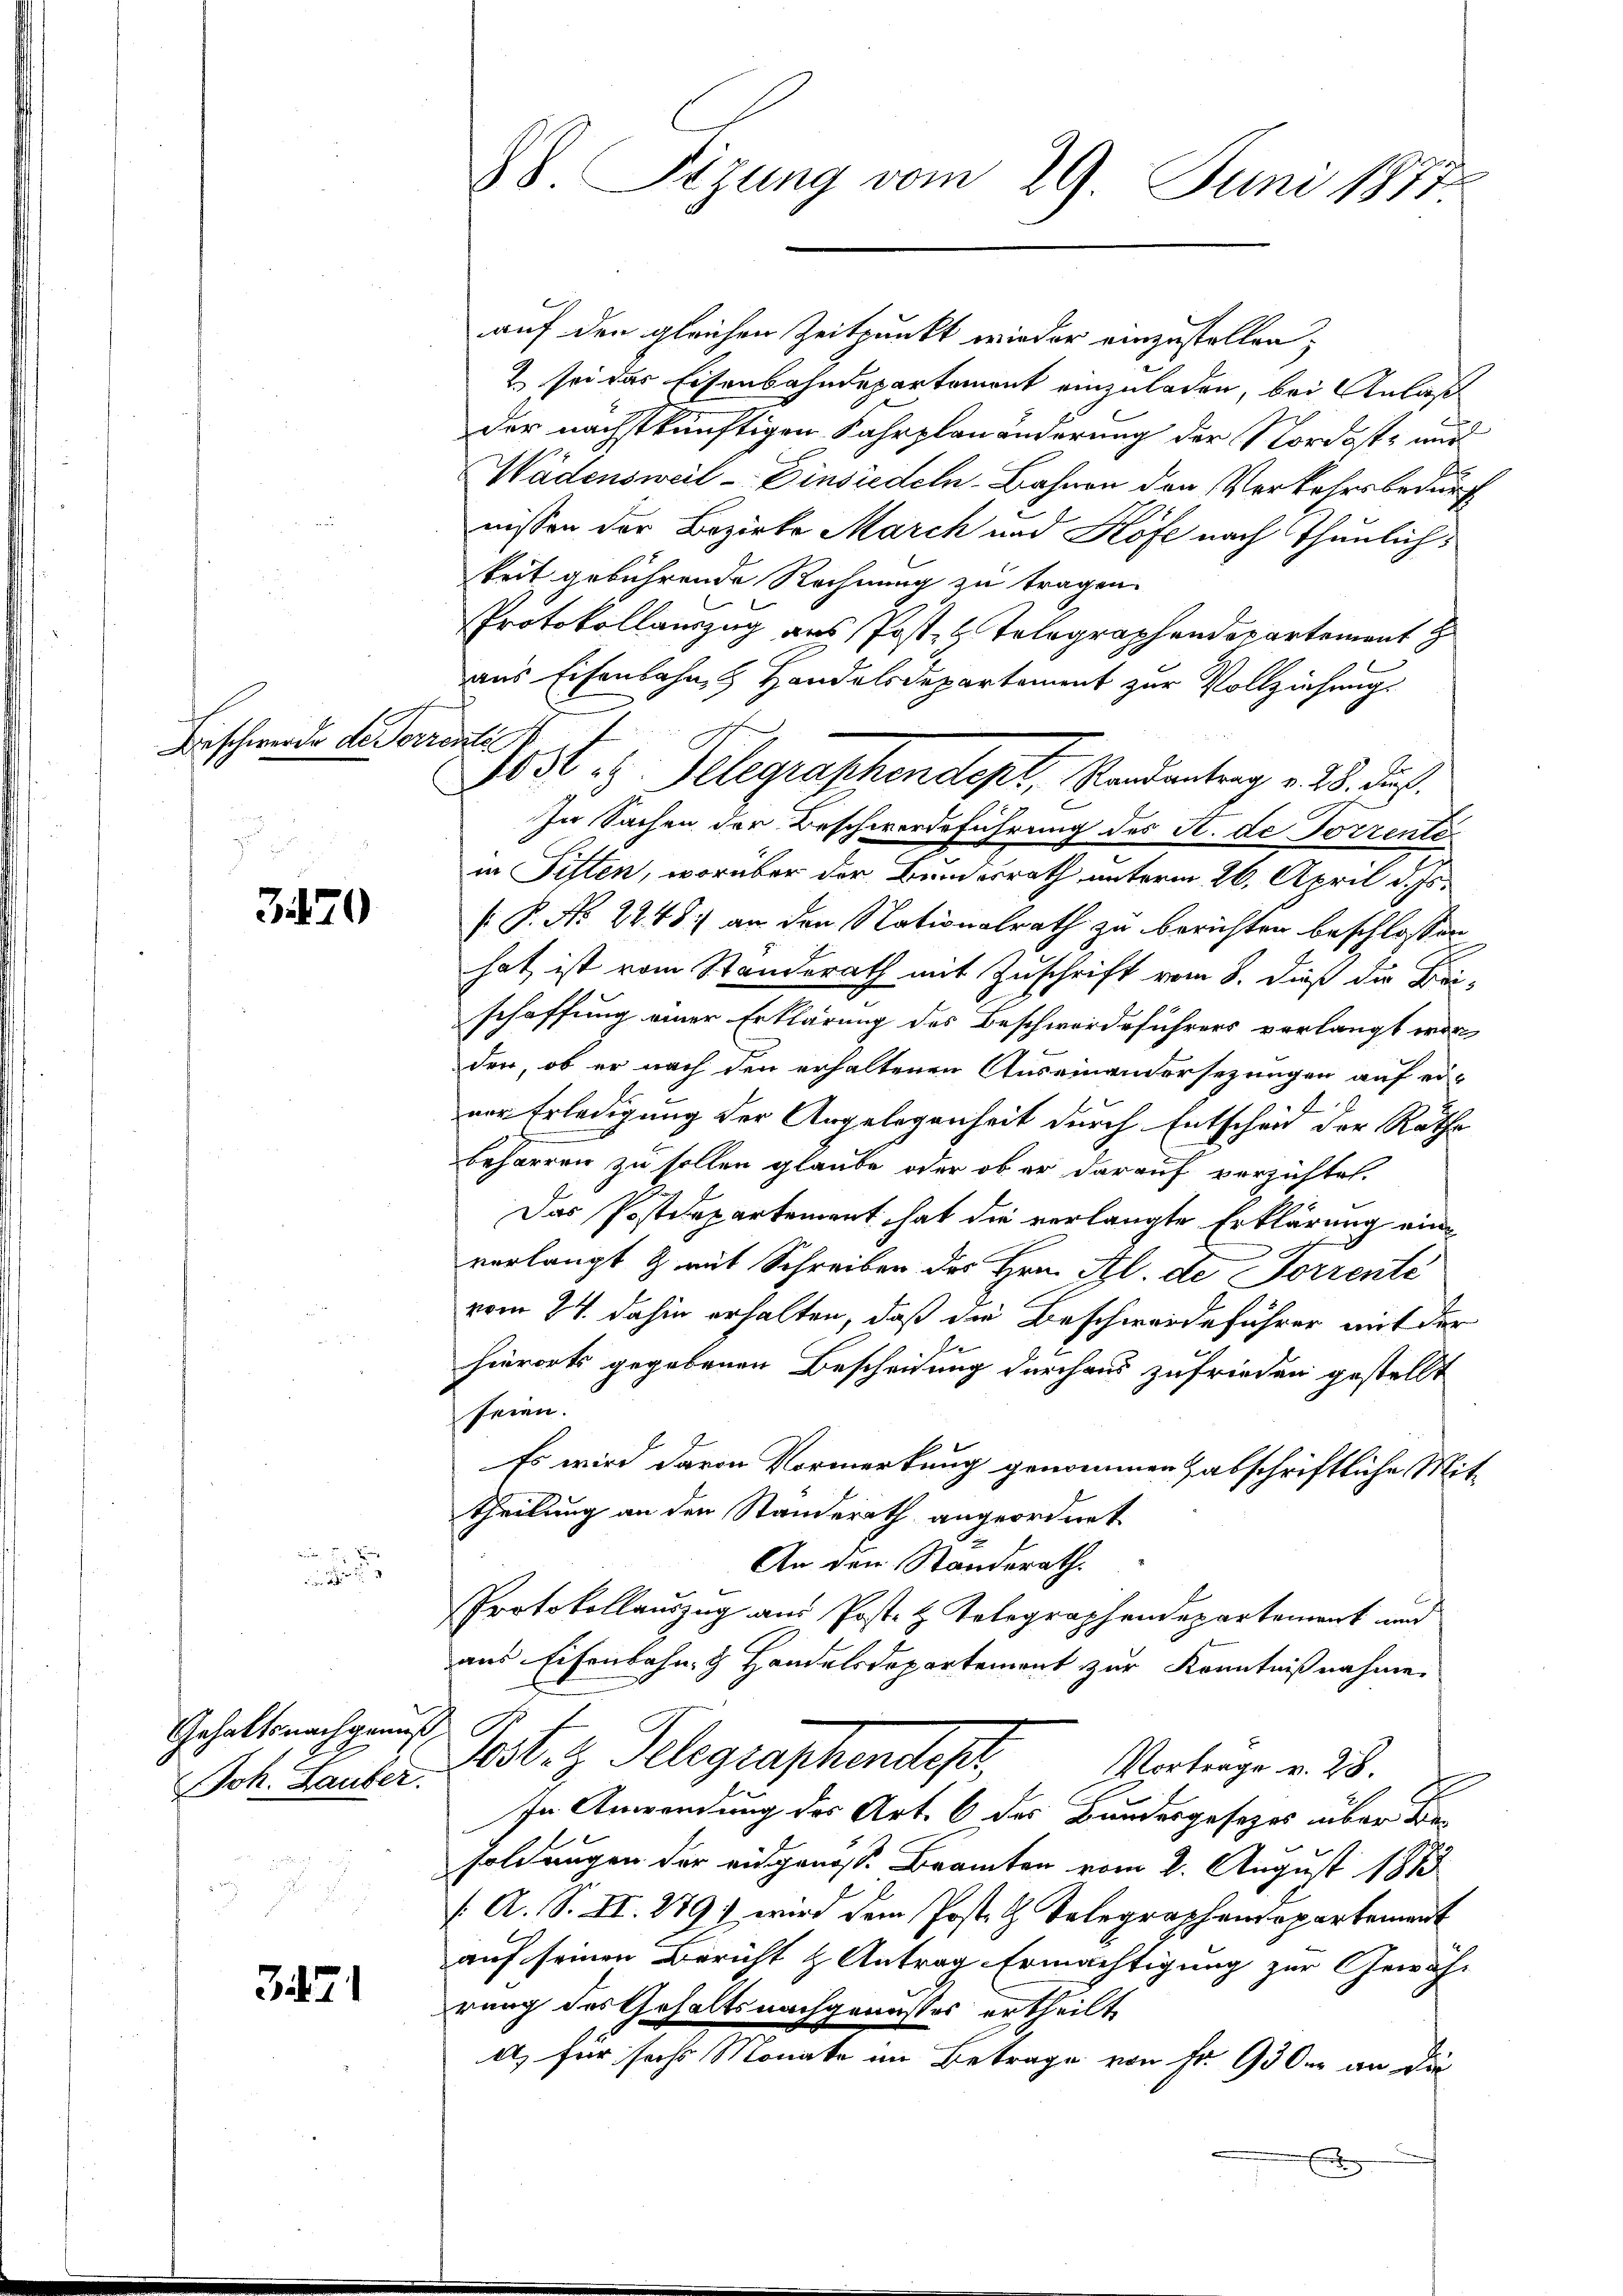
Beschwerde de Vorr

3870

Gehaltsnachgenuß
Joh. Lauber.

321

xx

88. Sizung vom 29. Juni 1877

auf den gleichen Zeitpunkt wieder einzustellen;
2 sei das Eisenbahndepartement einzuladen, bei Anlaß
der nächstkünftigen Fahrplanänderung der Nordost- und
Wädensweil - Einsiedeln, Bahnen den Verkehrsbedurf
nissen der Bezirke March und Höfe nach Thunlich
keit gebührende Rechnung zu tragen.
Protokollauszug aus Post- & Tolographendepartement z
aus Eisenbahn & Handelsdepartement zur Vollziehung
In Sachen der Beschwerdeführung des St. de Porzente
in Fisten, worüber der Bundesrath unterm 26. April d. Js.
[ P. No 2248. an den Nationalrath zu berichten beschlossen
hat ist vom Standerath mit Zuschrift vom 8. dieß die Bei-
schaffung einer Erklärung des Beschwerdeführers verlangt wor
der, ob er nach den erhaltenen Auseinandersezungen auf eiver Erledigung der Angelegenheit durch Entscheid der Rathe
beharren zu sollen glaube, oder ob er darauf verzichtet.
Das Postdepartement hat die verlangte Erklärung eine
verlangt & mit Schreiben des Hrn. Al. de Forrente
vom 24. dahin erhalten, daß die Beschwerdeführer auf der
de
hierorts gegebenen Bescheidung durchaus zufrieden gestellt
seien.
Es wird davon Vormerkung genommen abschriftliche Mittheilung an den Standerath angeordnet
An den Standerath.
Protokollauszug aus Post- & Tolographendepartement und
aus Eisenbahn- & Handelsdepartement zur Kenntnißnahme
C
est. z. Telegraphensteher,
Vortrage v. 28.
In Anwendung des Art. 6 des Bundesgesezes über Be-
soldungen der eidgenoss. Branten vom 2. August 1883
/. A. S. II. 279) wird dem Post. G. Telegraphendepartement
auf seinen Bericht & Antrag Ermächtigung zur Gewäh-
rung des Gehaltsnachgenusses ertheilt
a) für sechs Monate im Betrage von Fr. 930er an die

deste

183t z. Telegraphendept, Standentrag v. 28. Jul.